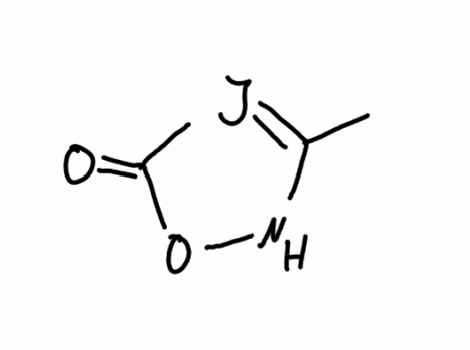
Simplified molecular-input line-entry system (SMILES) notation of the given molecule:
CC1=IC(=O)ON1